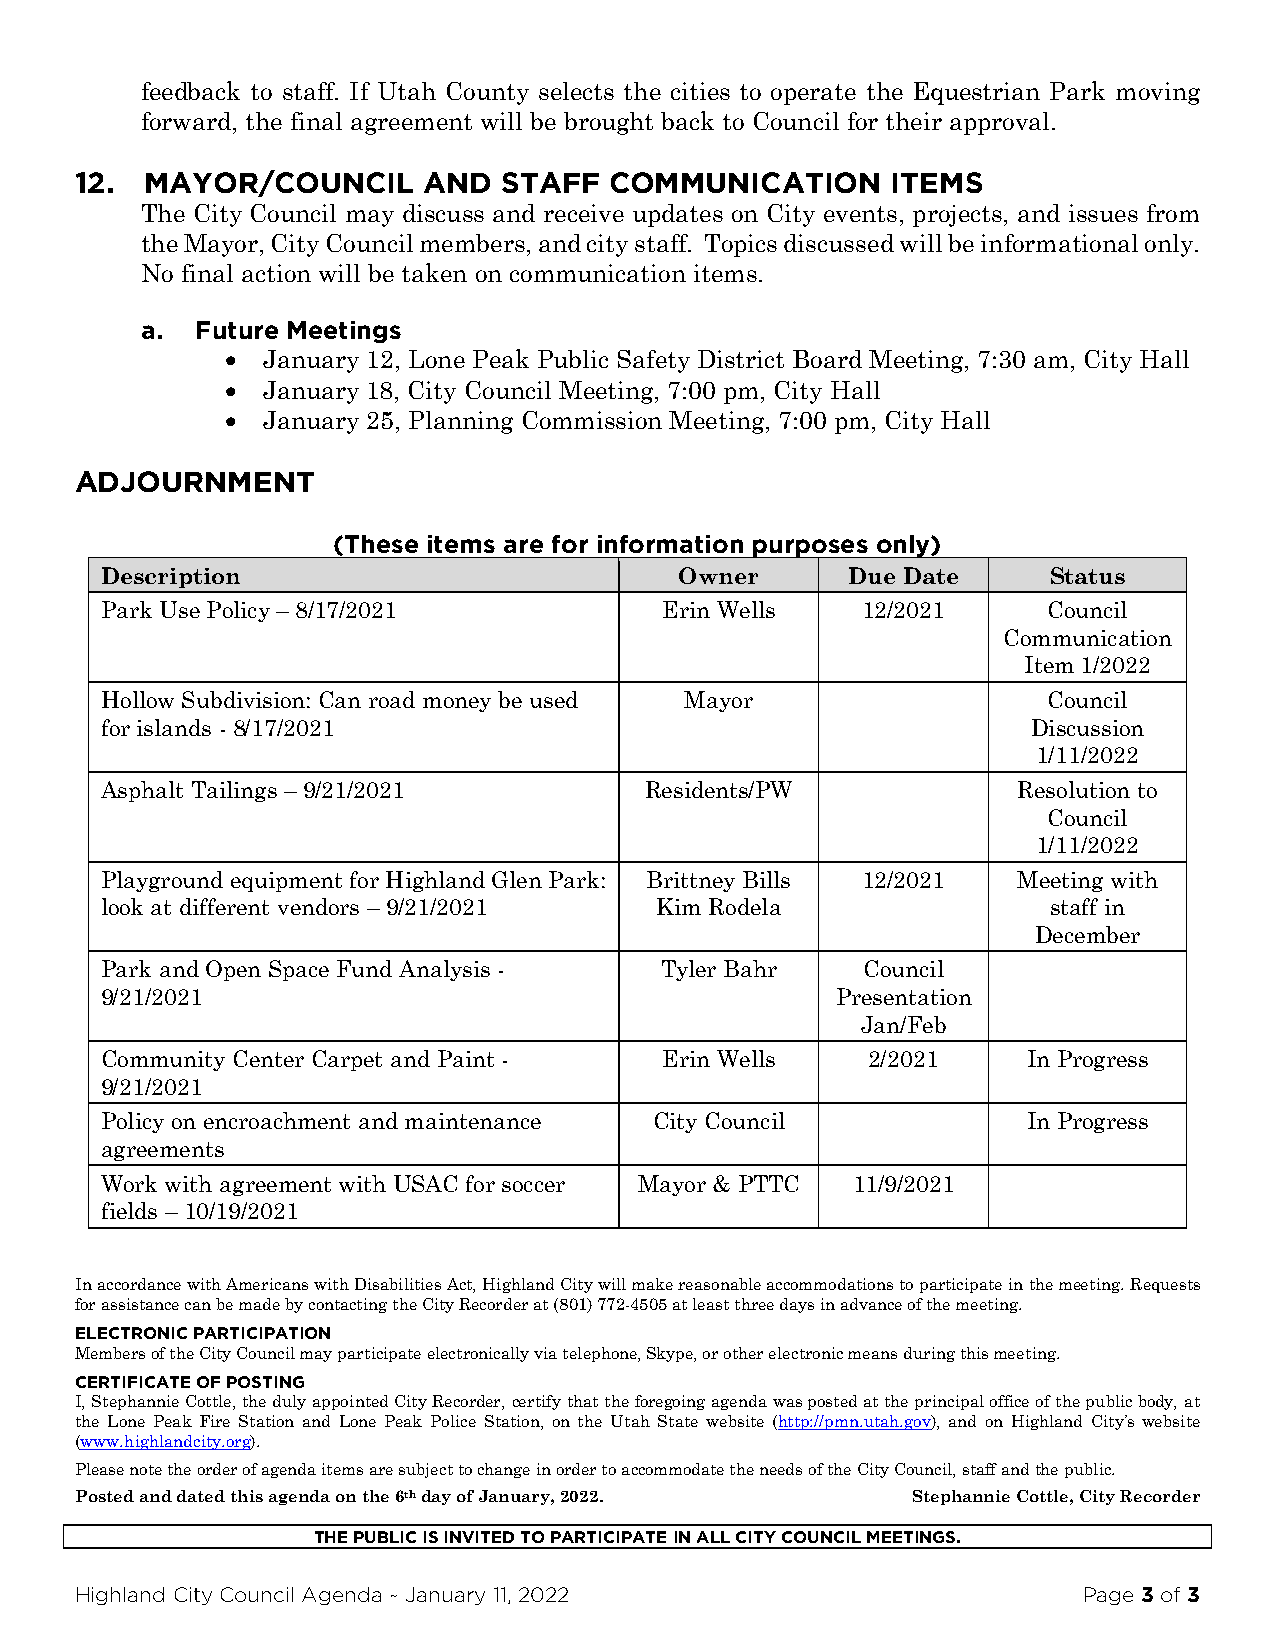
feedback to staff. If Utah County selects the cities to operate the Equestrian Park moving
 forward, the final agreement will be brought back to Council for their approval.
 12.  MAYOR/COUNCIL     AND  STAFF  COMMUNICATION      ITEMS
 The City Council may discuss and receive updates on City events, projects, and issues from
 the Mayor, City Council members, and city staff. Topics discussed will be informational only.
 No final action will be taken on communication items.
 a.  Future Meetings
 • January 12, Lone Peak Public Safety District Board Meeting, 7:30 am, City Hall
 • January 18, City Council Meeting, 7:00 pm, City Hall
 • January 25, Planning Commission Meeting, 7:00 pm, City Hall
 ADJOURNMENT
 (These items are for information purposes only)
 Description                           Owner      Due Date     Status
 Park Use Policy – 8/17/2021          Erin Wells   12/2021     Council
 Communication
 Item 1/2022
 Hollow Subdivision: Can road money be used Mayor              Council
 for islands - 8/17/2021                                      Discussion
 1/11/2022
 Asphalt Tailings – 9/21/2021        Residents/PW            Resolution to
 Council
 1/11/2022
 Playground equipment for Highland Glen Park: Brittney Bills 12/2021 Meeting with
 look at different vendors – 9/21/2021 Kim Rodela               staff in
 December
 Park and Open Space Fund Analysis -  Tyler Bahr   Council
 9/21/2021                                       Presentation
 Jan/Feb
 Community Center Carpet and Paint -  Erin Wells    2/2021    In Progress
 9/21/2021
 Policy on encroachment and maintenance City Council          In Progress
 agreements
 Work with agreement with USAC for soccer Mayor & PTTC 11/9/2021
 fields – 10/19/2021
 In accordance with Americans with Disabilities Act, Highland City will make reasonable accommodations to participate in the meeting. Requests
 for assistance can be made by contacting the City Recorder at (801) 772-4505 at least three days in advance of the meeting.
 ELECTRONIC PARTICIPATION
 Members of the City Council may participate electronically via telephone, Skype, or other electronic means during this meeting.
 CERTIFICATE OF POSTING
 I, Stephannie Cottle, the duly appointed City Recorder, certify that the foregoing agenda was posted at the principal office of the public body, at
 the Lone Peak Fire Station and Lone Peak Police Station, on the Utah State website (http://pmn.utah.gov), and on Highland City’s website
 (www.highlandcity.org).
 Please note the order of agenda items are subject to change in order to accommodate the needs of the City Council, staff and the public.
 Posted and dated this agenda on the 6th day of January, 2022. Stephannie Cottle, City Recorder
 THE PUBLIC IS INVITED TO PARTICIPATE IN ALL CITY COUNCIL MEETINGS.
 Highland City Council Agenda ~ January 11, 2022                    Page 3 of 3